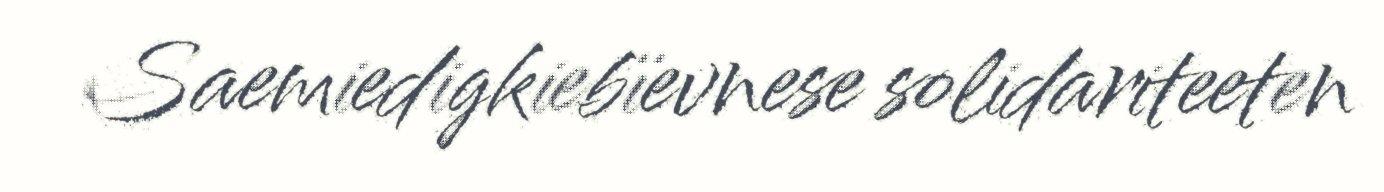
Saemiedigkiebïevnese solidariteeten